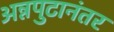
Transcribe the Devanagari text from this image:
अन्नपुटानंतर